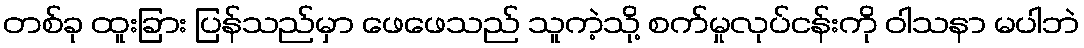
တစ်ခု ထူးခြား ပြန်သည်မှာ ဖေဖေသည် သူကဲ့သို့ စက်မှုလုပ်ငန်းကို ဝါသနာ မပါဘဲ